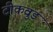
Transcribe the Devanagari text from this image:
टीकवुड